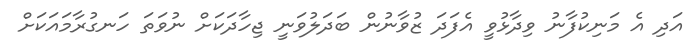
އަދި އެ މަނިކުފާނު ވިދާޅުވީ އެފަދަ ޒުވާނުން ބަދަލުވަނީ ޖިހާދަކަށް ނުވަތަ ހަނގުރާމައަކަށް